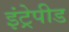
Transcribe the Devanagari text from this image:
इंट्रेपीड